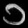
Digit: ၁